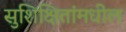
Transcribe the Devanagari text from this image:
सुशिक्षितांमधील